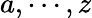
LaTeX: a,\cdots,z